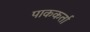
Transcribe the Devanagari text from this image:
पाककर्ता